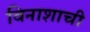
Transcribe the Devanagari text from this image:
विनाशाची